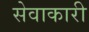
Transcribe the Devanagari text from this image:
सेवाकारी